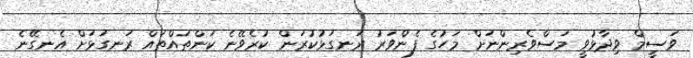
ވަސީމް ވިދާޅުވީ މަސްވެރިންނަށް މަހުގެ ފެންވަރު ރަނގަޅުކުރަން ކުރެވޭނެ ކަންތައްތައް ރަނގަޅަށް އެނގޭނެ